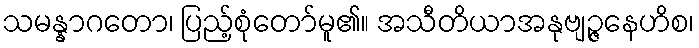
သမန္နာဂတော၊ ပြည့်စုံတော်မူ၏။ အသီတိယာအနုဗျဉ္ဇနေဟိစ၊